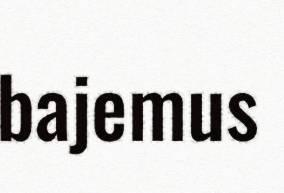
bajemus